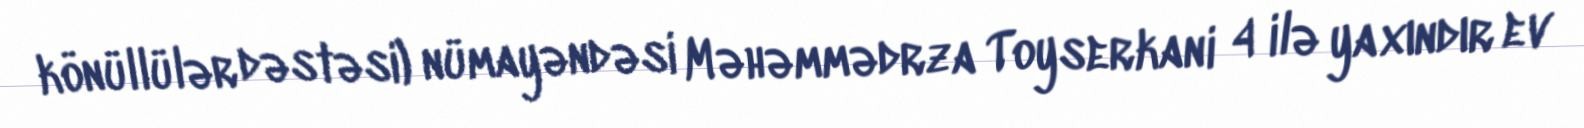
könüllülər dəstəsi) nümayəndəsi Məhəmmədrza Toyserkani 4 ilə yaxındır ev